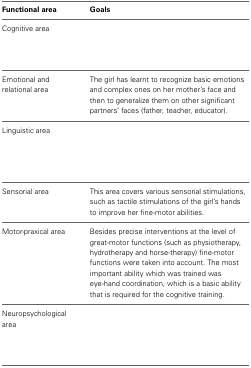
<table><thead><tr><td><b>Functional area</b></td><td><b>Goals</b></td></tr></thead><tbody><tr><td>Cognitive area</td><td>[EMPTY_CELL]</td></tr><tr><td>Emotional and relational area</td><td>The girl has learnt to recognize basic emotions and complex ones on her mother's face and then to generalize them on other significant partners' faces (father, teacher, educator).</td></tr><tr><td>Linguistic area</td><td>[EMPTY_CELL]</td></tr><tr><td>Sensorial area</td><td>This area covers various sensorial stimulations, such as tactile stimulations of the girl's hands to improve her fine-motor abilities.</td></tr><tr><td>Motor-praxical area</td><td>Besides precise interventions at the level of great-motor functions (such as physiotherapy, hydrotherapy and horse-therapy) fine-motor functions were taken into account. The most important ability which was trained was eye-hand coordination, which is a basic ability that is required for the cognitive training.</td></tr><tr><td>Neuropsychological area</td><td>[EMPTY_CELL]</td></tr></tbody></table>